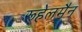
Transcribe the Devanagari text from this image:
रूहेलमैन